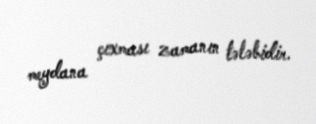
meydana çıxması zamanın tələbidir.